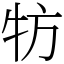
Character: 牥